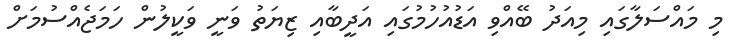
މި މައްސަލާގައި މިއަދު ބޭއްވި އަޑުއުހުމުގައި އަދީބާއި ޒިޔަތު ވަނީ ވަކީލުން ހަމަޖެއްސުމަށް